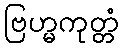
ဗြဟ္မကုတ္တံ